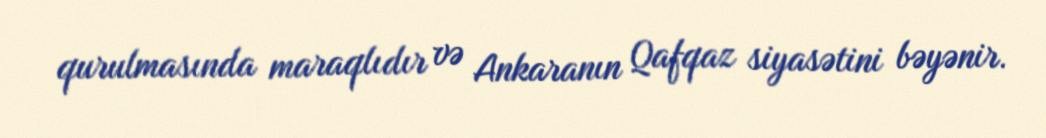
qurulmasında maraqlıdır və Ankaranın Qafqaz siyasətini bəyənir.